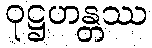
ဝုဋ္ဌဟန္တဿ